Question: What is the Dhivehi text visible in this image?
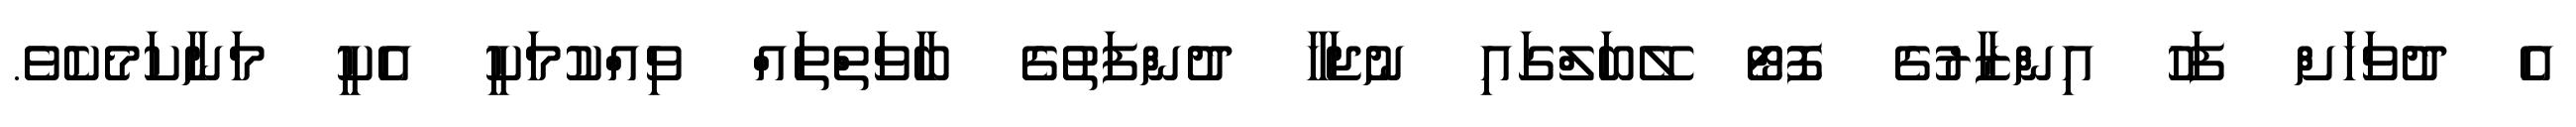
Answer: އެ ދުވަހަށް ފަހު އިންޒާރުގެ ފޮޓޯ ލޭބަލްގައި ނުޖަހާ ދުންފަތުގެ ބާވަތްތައް ވިއްކުމަކީ އެކީ މަނާކަމެކެވެ.